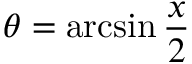
\theta = \arcsin { \frac { x } { 2 } }